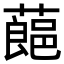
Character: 𮑛